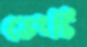
ভেংচি